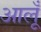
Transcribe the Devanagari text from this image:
आलूँ